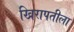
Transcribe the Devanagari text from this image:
खिरापतीला